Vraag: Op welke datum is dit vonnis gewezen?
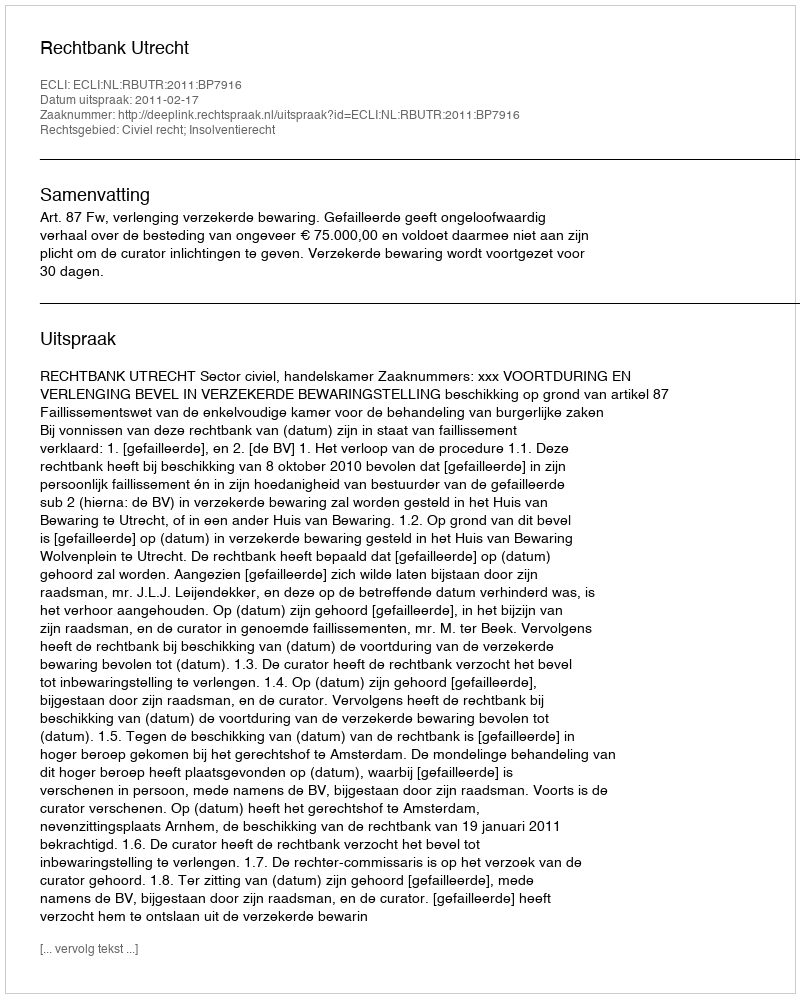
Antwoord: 2011-02-17